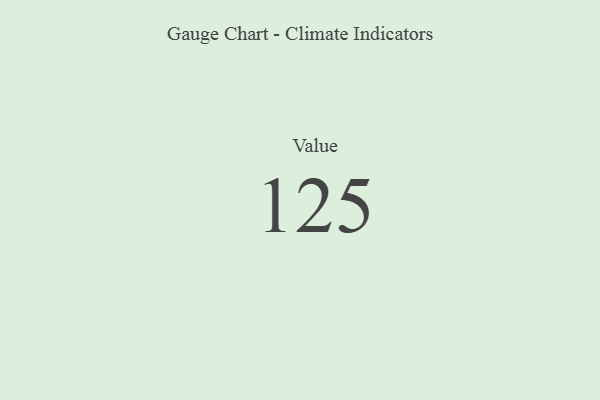
{"axis": {"x": "Metric", "y": "Value"}, "legend": [""], "data": [{"x": "Value", "y": 125, "type": ""}]}